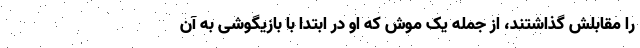
را مقابلش گذاشتند، از جمله یک موش که او در ابتدا با بازیگوشی به آن